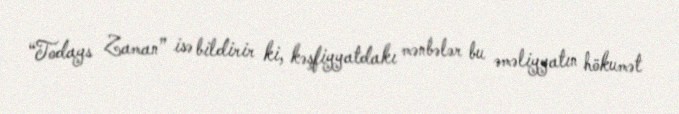
“Todays Zaman” isə bildirir ki, kəşfiyyatdakı mənbələr bu əməliyyatın hökumət